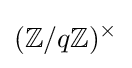
(\mathbb {Z} /q\mathbb {Z} )^{\times }